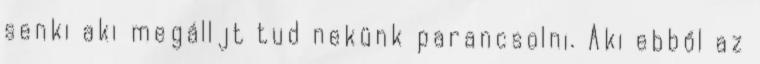
senki aki megálljt tud nekünk parancsolni. Aki ebből az